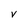
Character: V